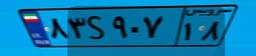
۸۲S۰۵۰۸۹